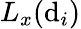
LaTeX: L_{x}(\mathrm{d}_{i})